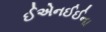
ઈએનઈઈના